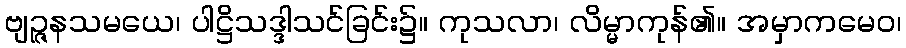
ဗျဉ္ဇနသမယေ၊ ပါဋ္ဌိသဒ္ဒါသင်ခြင်း၌။ ကုသလာ၊ လိမ္မာကုန်၏။ အမှာကမေဝ၊